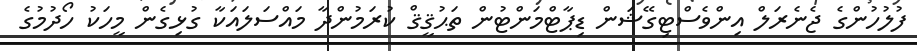
ފުލުހުންގެ ޖެނެރަލް އިންވެސްޓިގޭޝަން ޑިޕާޓްމަންޓުން ތަޙުޤީޤް ކުރަމުންދާ މައްސަލައަކާ ގުޅިގެން މީހަކު ހޯދުމުގެ